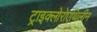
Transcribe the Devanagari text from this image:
ट्राइक्लोरोएथिलीन